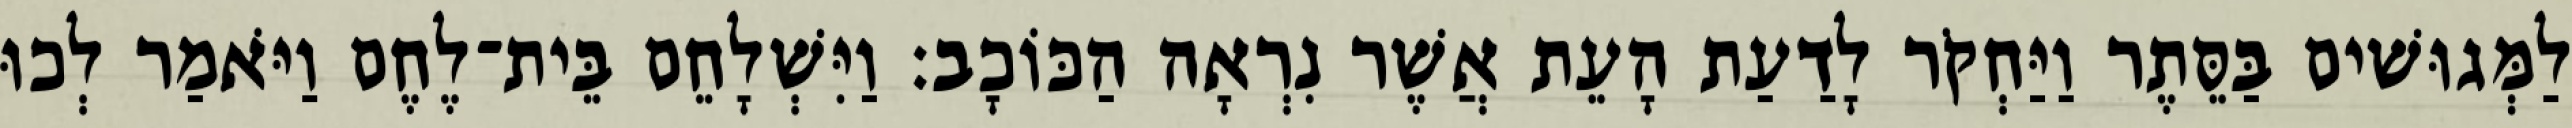
לַמְּגוּשׁים בַּסֵּתֶר וַיַּחְקֹר לָדַעַת הָעֵת אֲשֶׁר נִרְאָה הַכּוֹכָב׃ וַיִּשְׁלָחֵם בֵּית־לֶחֶם וַיֹּאמַר לְכוּ